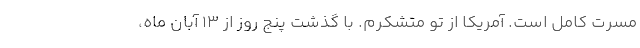
مسرت کامل است. آمریکا از تو متشکرم. با گذشت پنج روز از ۱۳ آبان ماه،